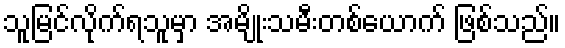
သူမြင်လိုက်ရသူမှာ အမျိုးသမီးတစ်ယောက် ဖြစ်သည်။